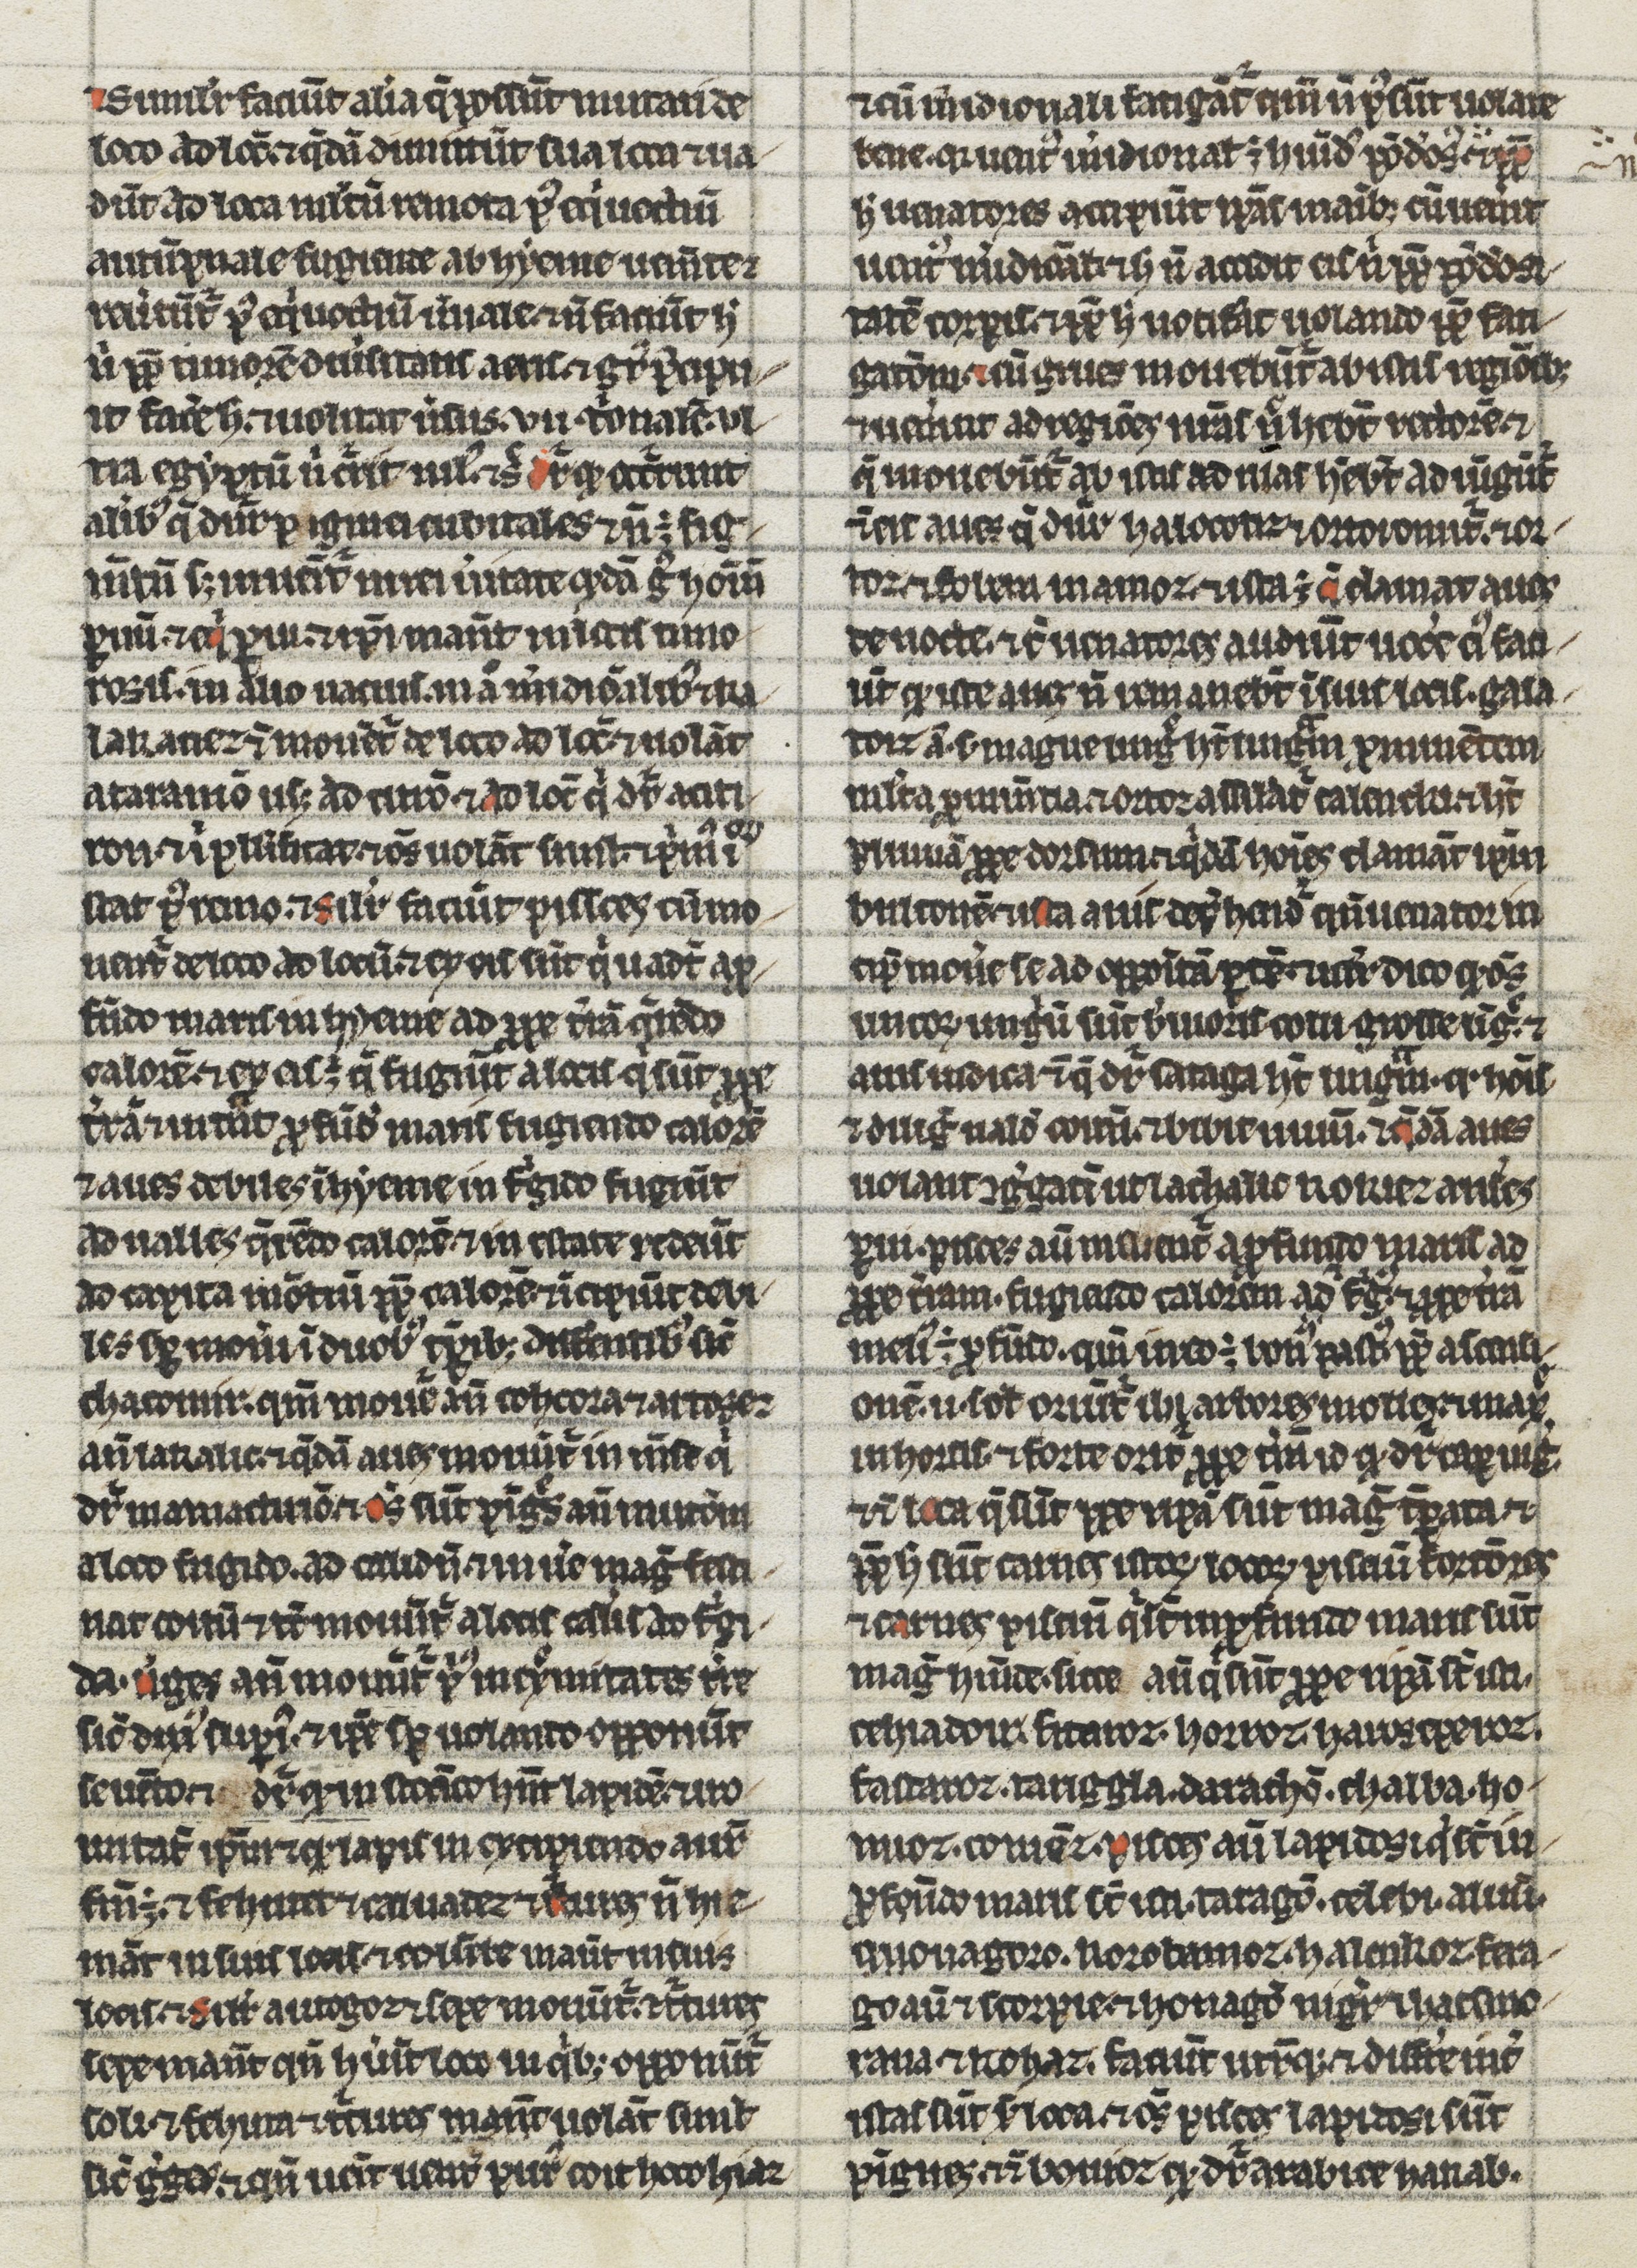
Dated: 1200–1299